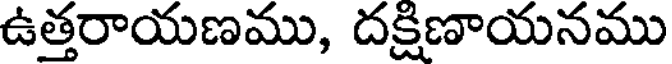
ఉత్తరాయణము, దక్షిణాయనము